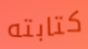
كتابته